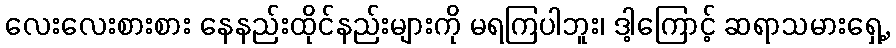
လေးလေးစားစား နေနည်းထိုင်နည်းများကို မရကြပါဘူး၊ ဒါ့ကြောင့် ဆရာသမားရှေ့,